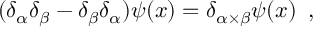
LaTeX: ( \delta _ { \alpha } \delta _ { \beta } - \delta _ { \beta } \delta _ { \alpha } ) \psi ( x ) = \delta _ { \alpha \times \beta } \psi ( x ) \, \, \, ,